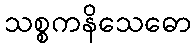
သစ္စကနိသေဓော